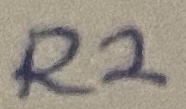
Text: R2